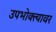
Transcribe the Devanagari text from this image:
उपभोक्त्यावर